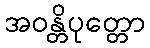
အဝန္တိပုတ္တော